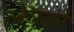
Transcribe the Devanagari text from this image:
लेगको